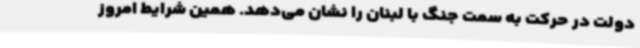
دولت در حرکت به سمت جنگ با لبنان را نشان می‌دهد. همین شرایط امروز